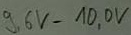
Text: 9,6V-10,0V